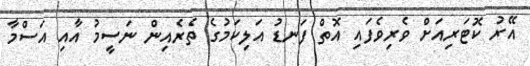
އޭރު ކޮޓަރިއަށް ވެރިވެފައި އޮތް ފަނޑު އަލިކަމުގެ ތެރެއިން ނަސީމު އާއި އަސްމާ